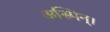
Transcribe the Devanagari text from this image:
अस्मिन्।